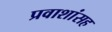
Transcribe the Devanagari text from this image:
प्रवाशांसह